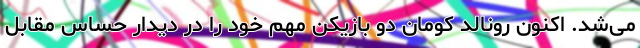
می‌شد. اکنون رونالد کومان دو بازیکن مهم خود را در دیدار حساس مقابل